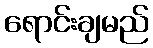
ရောင်းချမည်